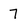
Character: 7